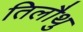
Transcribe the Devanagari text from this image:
तिलौथु